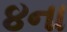
૪ના